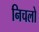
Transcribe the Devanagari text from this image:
निचलो